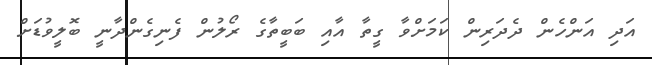
އަދި އަންހެން ދެދަރިން ކަމަށްވާ ގީތާ އާއި ބަަބީތާގެ ރޯލުން ފެނިގެންދާނީ ބޮލީވުޑަށް